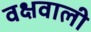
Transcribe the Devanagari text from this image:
वक्षवाली